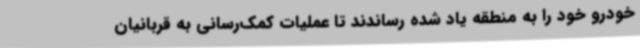
خودرو خود را به منطقه یاد شده رساندند تا عملیات کمک‌رسانی به قربانیان